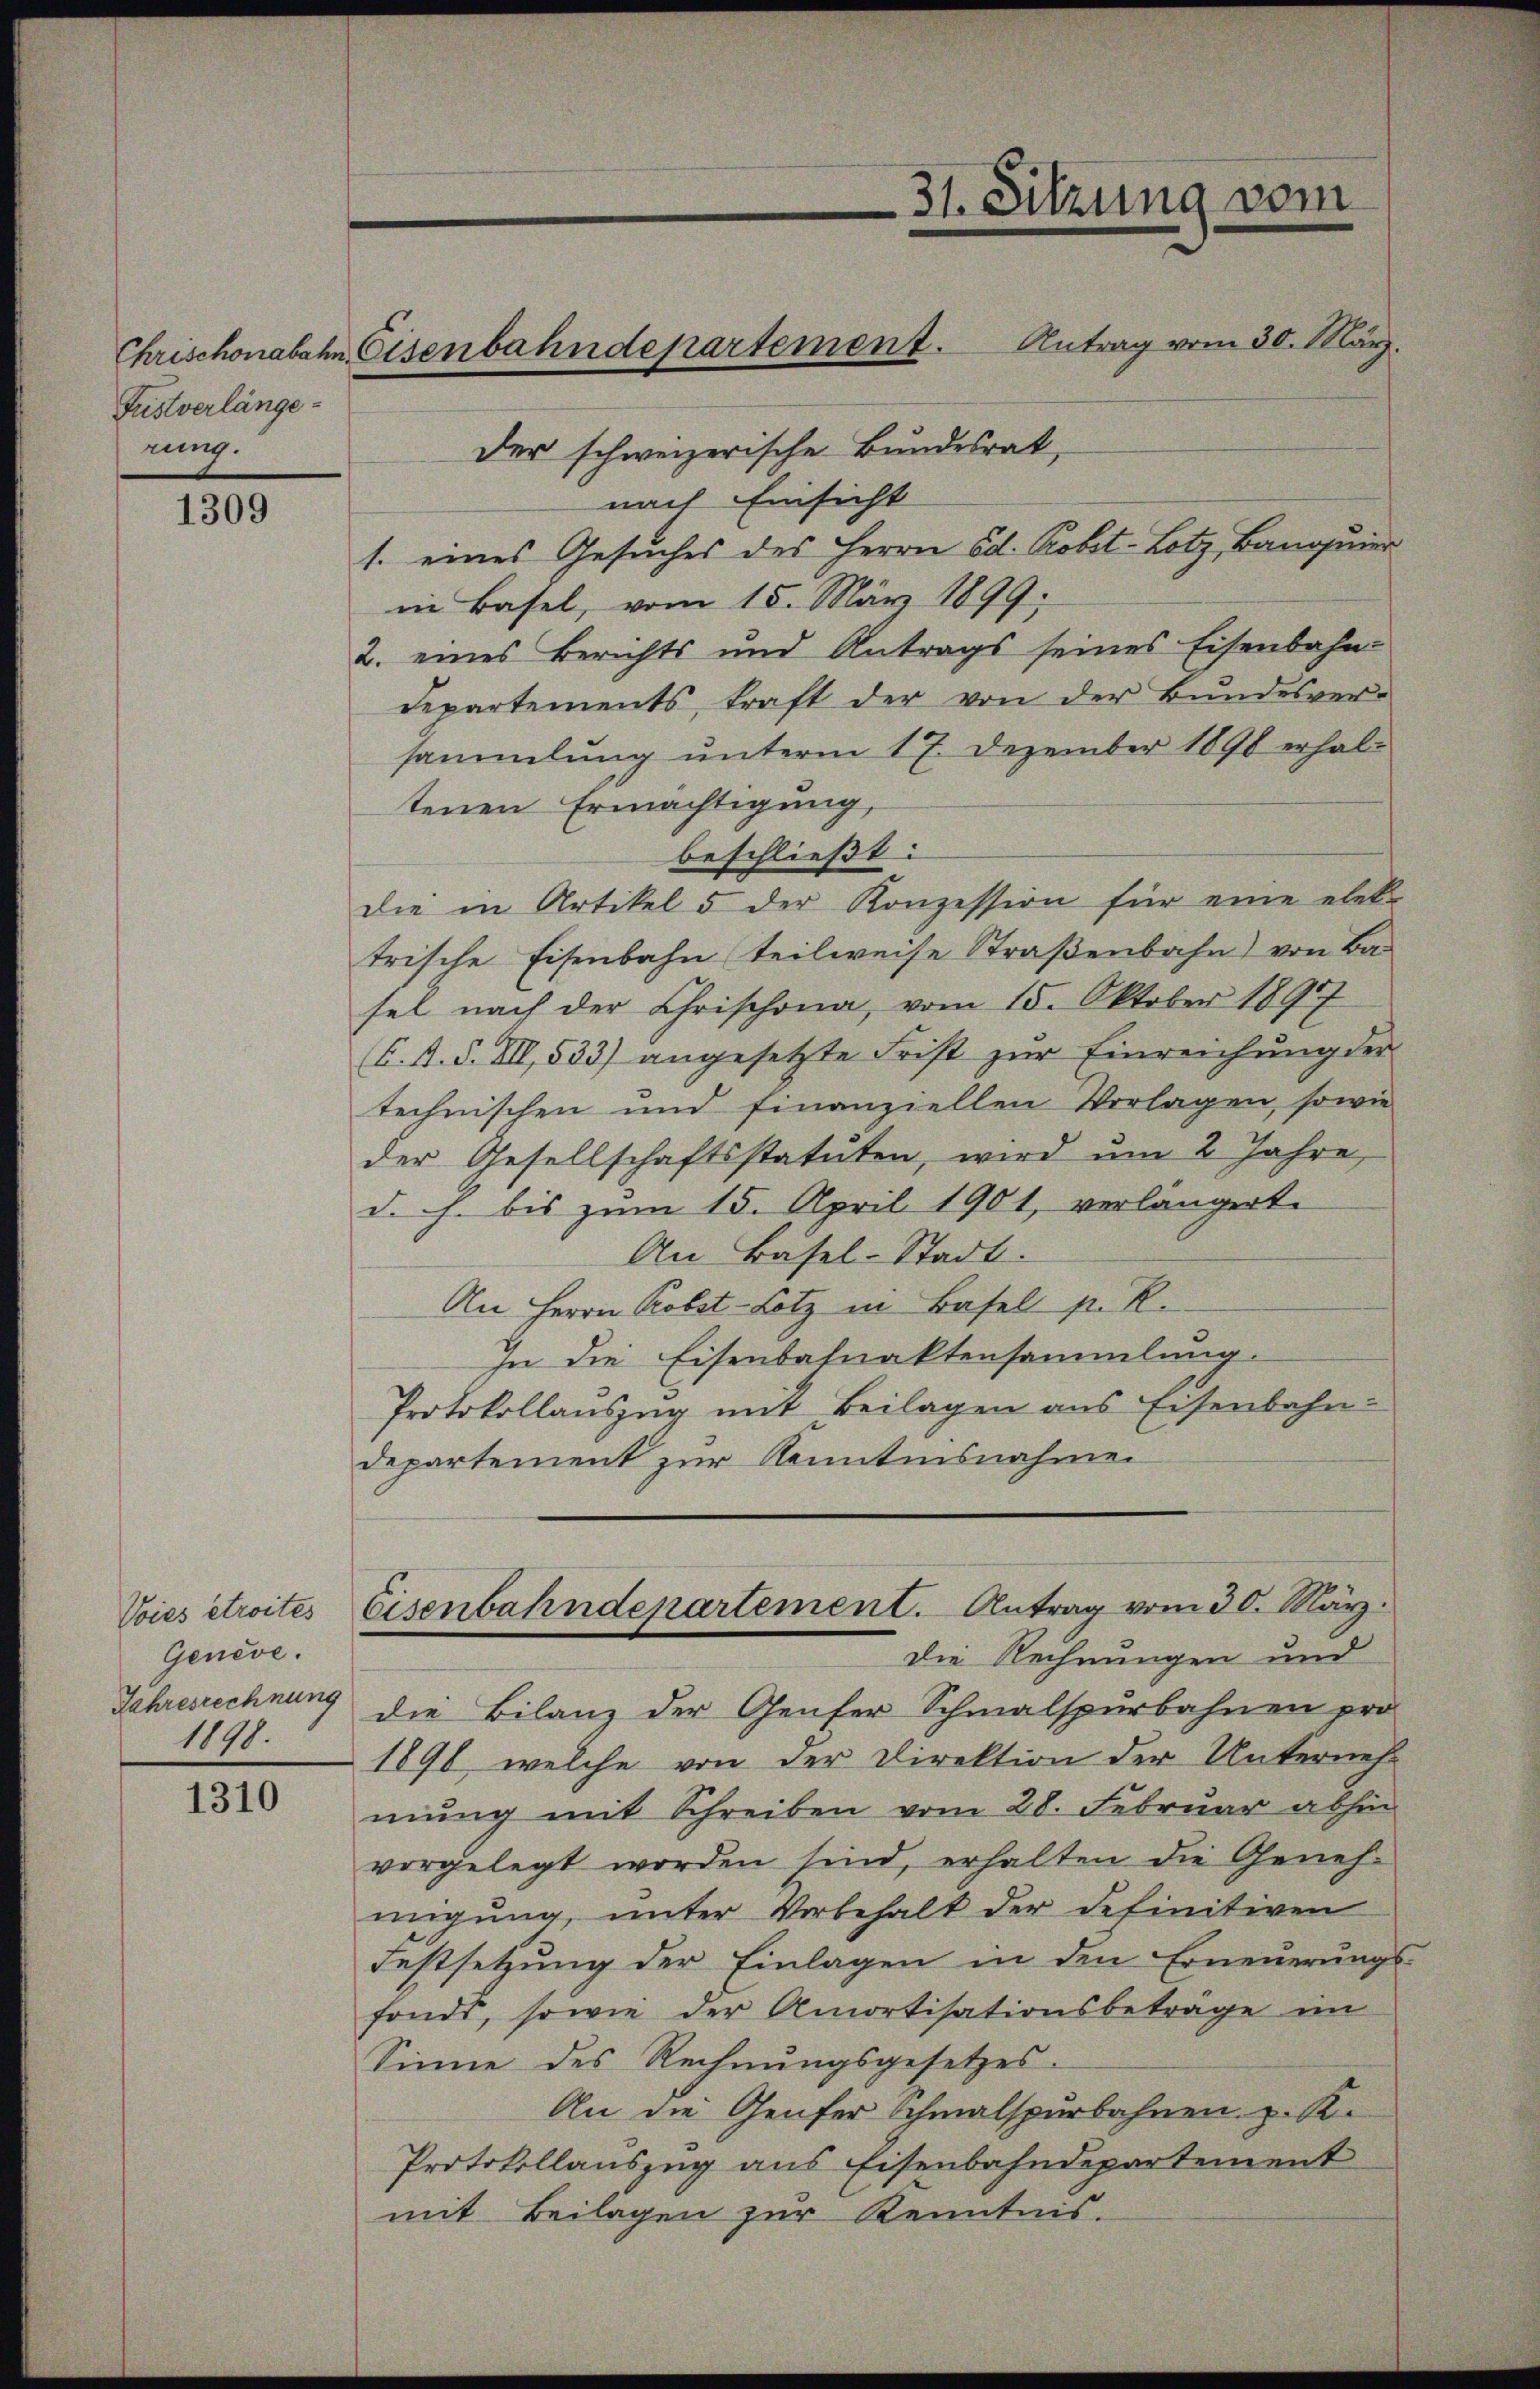
Fustverlängerung.

1309

Voies étroites
Genève.
Jahresrechnung
1190.

1310

Der schweizerische Bundesrat,
nach Einsicht
1. eines Gesuches des Herrn Ed. Kobet-Lotz, Banquier
in Basel, vom 15. März 1899.
2. eines Berichts und Antrags seines Eisenbahn-
departements kraft der von der Bundesver-
sammlung unterm 17. Dezember 1890 erhaltenen Ermächtigung,
beschließt:
die in Artikel 5 der Konzession für eine elek-
trische Eisenbahn teilweise Straβenbahn) von Ba
sel nach der Chrischona, vom 15. Oktober 1891
C. A. S. VII, 533) angesetzte Frist zur Einreichung der
technischen und finanziellen Vorlagen, sowie
der Gesellschaftsstatuten, wird um 2 Jahre,
d. h. bis zum 15. April 1901, verlängert.
An Basel-Stadt.
An Herrn Probst-Lotz in Basel p. R.
In die Eisenbahnaktensammlung.
Protokollauszug mit Beilagen aus Eisenbahn.
Departement zur Kenntnisnahme
Eisenbahndepartement. Antrag vom 30. März.
Die Rechnungen und
die Bilanz der Genfer Schmalspurbahnen pro
1898, welche von der Direktion der Unterneh-
mung mit Schreiben vom 28. Februar abhin
vorgelegt worden sind, erhalten die Geneh-
migung, unter Vorbehalt der definitiven
Festsetzung der Einlagen in den Erneuerungs
fonds, sowie der Amortisationsbeträge im
Sinne des Rechnungsgesetzes.
An die Genfer Schmalspurbahnen u. K.
Protokollauszug aus Eisenbahndepartement
mit Beilagen zur Kenntnis.

Chrischonabahn Eisenbahndepartement. Antrag vom 30. März.

31. Sitzung vom